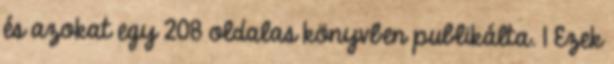
és azokat egy 208 oldalas könyvben publikálta. 1 Ezek